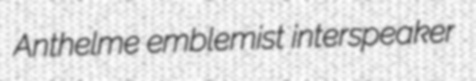
Anthelme emblemist interspeaker